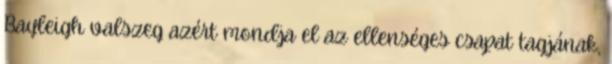
Bayleigh valszeg azért mondja el az ellenséges csapat tagjának,